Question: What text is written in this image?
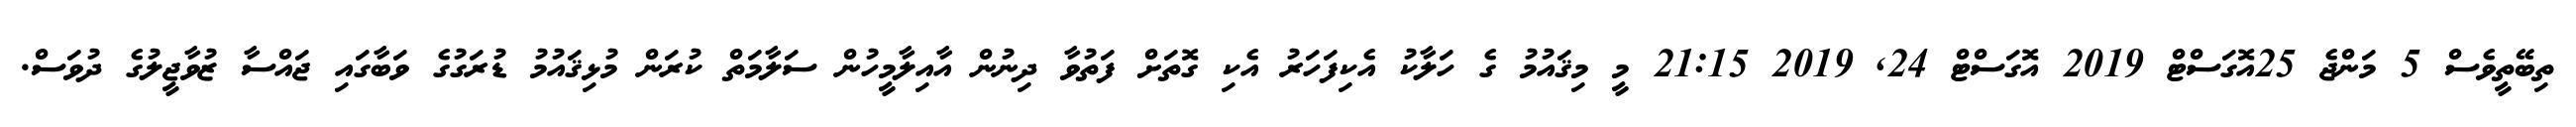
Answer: ތިބޭތީވެސް 5 މަންޖެ 25އޮގަސްޓް 2019 އޮގަސްޓް 24, 2019 21:15 މީ މިޤައުމު ގެ ހަލާކު އެކިފަހަރު އެކި ގޮތަށް ފަތުވާ ދިނުން އާއިލާމީހުން ސަލާމަތް ކުރަން މުޅިޤައުމު ޑުރަގުގެ ވަބާގައި ޖައްސާ ޒުވާޖީލުގެ ދުވަސް.